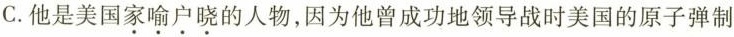
C.他是美国家喻户晓的人物，因为他曾成功地领导战时美国的原子弹制